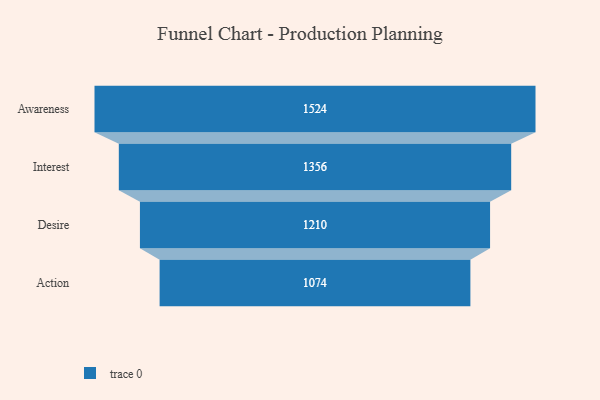
{"axis": {"x": "Stage", "y": "Value"}, "legend": [""], "data": [{"x": "Awareness", "y": 1524.0, "type": ""}, {"x": "Interest", "y": 1356.0, "type": ""}, {"x": "Desire", "y": 1210.0, "type": ""}, {"x": "Action", "y": 1074.0, "type": ""}]}